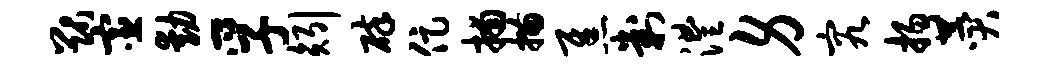
猷宦动孚矧碎促捕描焦判澧身究扬赞